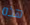
هذه